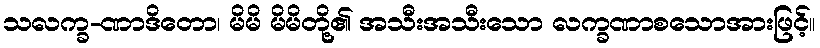
သလက္ခ-ဏာဒိတော၊ မိမိ မိမိတို့၏ အသီးအသီးသော လက္ခဏာစသောအားဖြင့်။